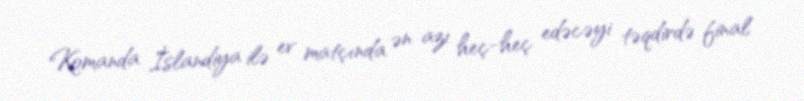
Komanda İslandiya ilə ev matçında ən azı heç-heç edəcəyi təqdirdə final